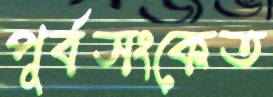
পূর্বসংকেত